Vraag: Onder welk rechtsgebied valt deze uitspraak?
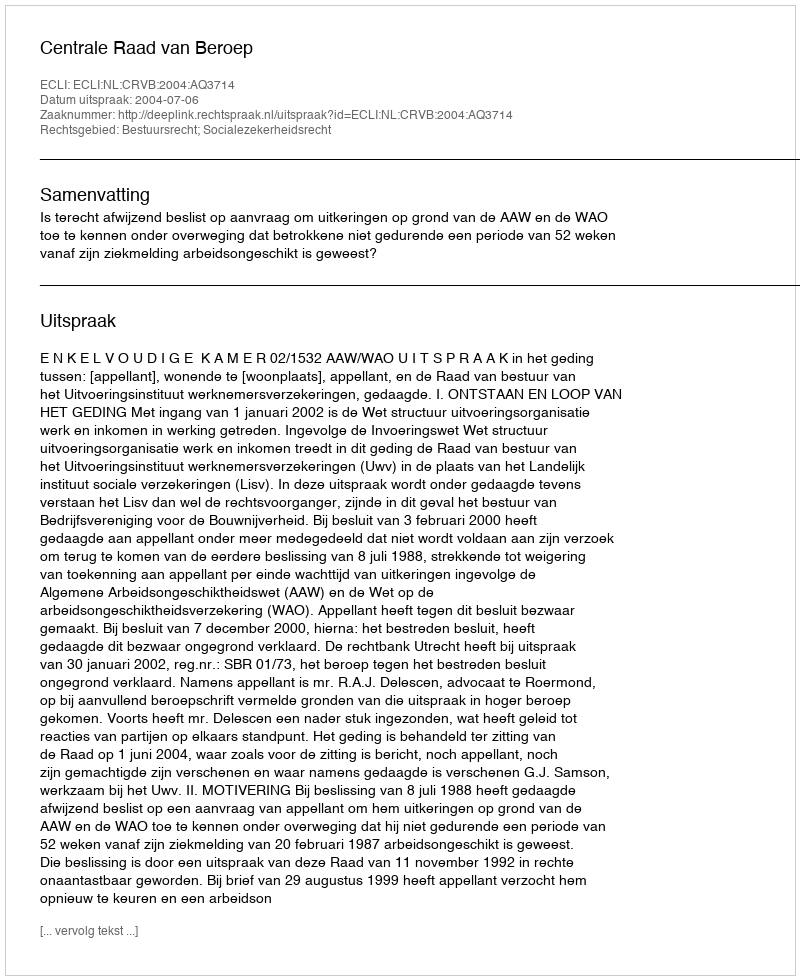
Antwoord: Bestuursrecht; Socialezekerheidsrecht